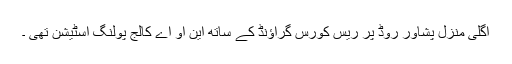
اگلی منزل پشاور روڈ پر ریس کورس گراؤنڈ کے ساتھ این او اے کالج پولنگ اسٹیشن تھی ۔